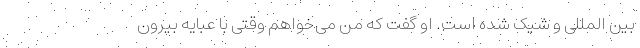
بین المللی و شیک شده است. او گفت که من می‌خواهم وقتی با عبایه بیرون